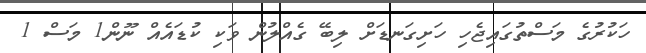
ހަކުރުގެ މަސްތުގައިޖެހި ހަށިގަނޑަށް ލިބޭ ގެއްލުން ވަކި ކުޑައެއް ނޫން1 މަސް 1